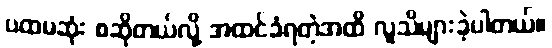
ပထမဆုံး စဆိုတယ်လို့ အထင်ခံရတဲ့အထိ လူသိများခဲ့ပါတယ်။